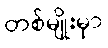
တစ်မျိုးမှာ